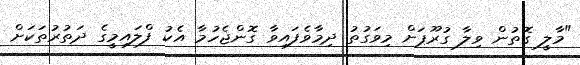
"މާލީ ގޮތުން ވިލާ ގުރޫޕަށް މިވަގުތު ދިމާވެފައިވާ ގޮންޖެހުމާ އެކު ފްލައިމީގެ ދަތުރުތަކަށް